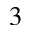
^ 3